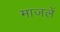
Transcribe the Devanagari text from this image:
माजलें